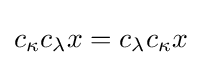
c_{\kappa }c_{\lambda }x=c_{\lambda }c_{\kappa }x